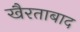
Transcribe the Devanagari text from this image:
खैरताबाद